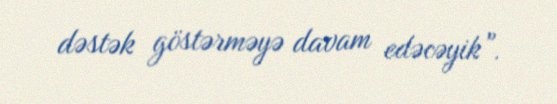
dəstək göstərməyə davam edəcəyik”.